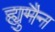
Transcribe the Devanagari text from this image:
ह्युमैन